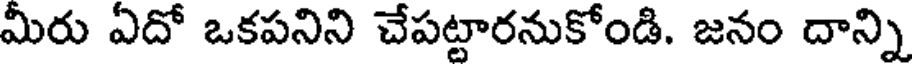
మీరు ఏదో ఒకపనిని చేపట్టారనుకోండి. జనం దాన్ని